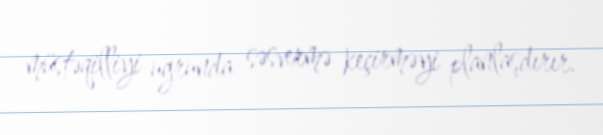
müstəqilliyi uğrunda səsvermə keçirməyi planlaşdırır.